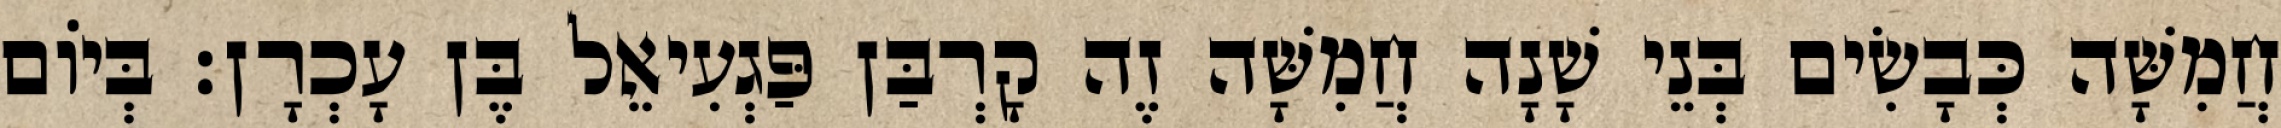
חֲמִשָּׁה כְּבָשִׂים בְּנֵי שָׁנָה חֲמִשָּׁה זֶה קָרְבַּן פַּגְעִיאֵל בֶּן עָכְרָן׃ בְּיוֹם